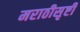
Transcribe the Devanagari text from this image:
मराठीसृष्टी